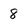
Character: 8